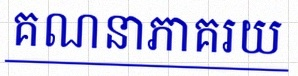
គណនាភាគរយ